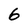
Character: 6